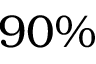
9 0 \%